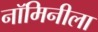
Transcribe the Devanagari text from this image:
नॉमिनीला